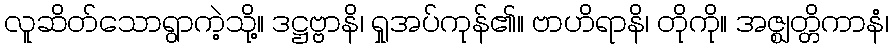
လူဆိတ်သောရွာကဲ့သို့။ ဒဋ္ဌဗ္ဗာနိ၊ ရှုအပ်ကုန်၏။ ဗာဟိရာနိ၊ တိုကို။ အဇ္ဈတ္တိကာနံ၊